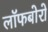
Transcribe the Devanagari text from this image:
लॉफबोरो